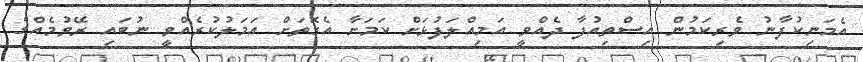
އެމަނިކުފާނު ވެރިކަމުން އިސްތިއުފާ ދެއްވީ އަމިއްލަފުޅަށް ކަމަށާ އެގޮތަށް އަމަލުކުރެއްވީ ނުބައި ރޭވުމެއްގެ